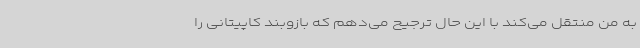
به من منتقل می‌کند با این حال ترجیح می‌دهم که بازوبند کاپیتانی را